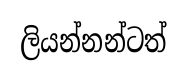
ලියන්නන්ටත්